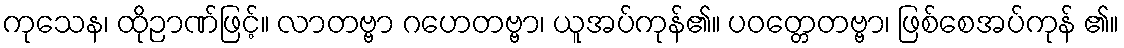
ကုသေန၊ ထိုဉာဏ်ဖြင့်။ လာတဗ္ဗာ ဂဟေတဗ္ဗာ၊ ယူအပ်ကုန်၏။ ပဝတ္တေတဗ္ဗာ၊ ဖြစ်စေအပ်ကုန် ၏။